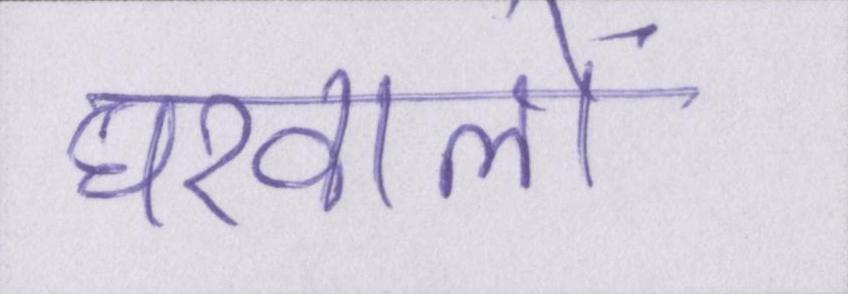
घरवालों